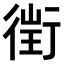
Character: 𧗲